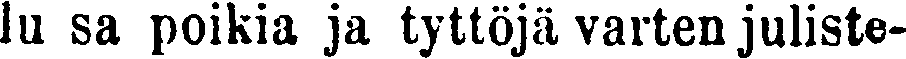
lu sa poikia ja tyttöjä varten juliste-